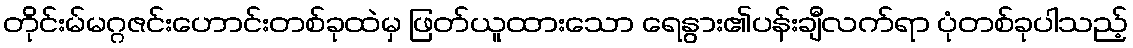
တိုင်းမ်မဂ္ဂဇင်းဟောင်းတစ်ခုထဲမှ ဖြတ်ယူထားသော ရေနွား၏ပန်းချီလက်ရာ ပုံတစ်ခုပါသည့်